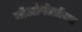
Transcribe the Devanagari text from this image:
मॉआंगोलॉयड